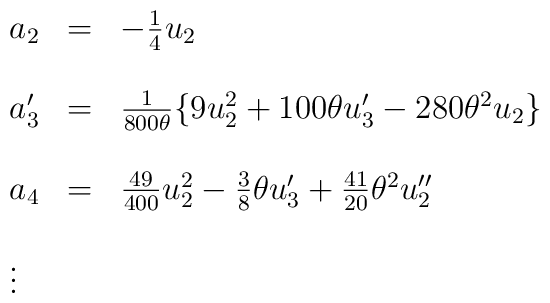
\begin{array}{lcl}a_2&=&-\frac{1}{4}u_2\\\\a'_3&=&\frac {1}{800\theta}\{ 9u_{2}^{2}+100\theta u'_3-280{\theta}^{2}u_2\} \\\\a_4&=&\frac {49}{400}u_{2}^{2}-\frac{3}{8}\theta u'_3+\frac{41}{20}{\theta}^{2}u''_2 \\\\\vdots\end{array}